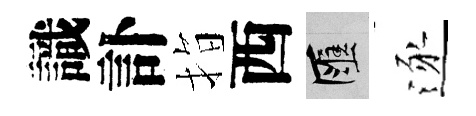
識訃指西匯逐